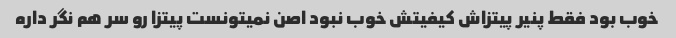
خوب بود فقط پنیر پیتزاش کیفیتش خوب نبود اصن نمیتونست پیتزا رو سر هم نگر داره